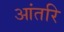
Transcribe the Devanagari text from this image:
आंतरि